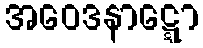
အဝေဒနာဋ္ဋော